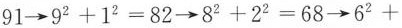
91 \rightarrow 9^{2}+1^{2}=82 \rightarrow 8^{2}+2^{2}=68 \rightarrow 6^{2}+